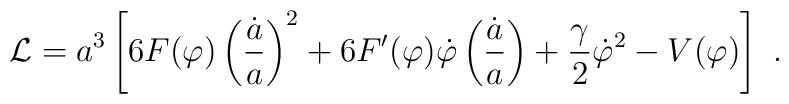
{\cal L} = a^3 \left [6 F(\varphi) \left ( \frac{\dot{a}}{a} \right )^2+ 6 F'(\varphi) \dot{\varphi} \left ( \frac{\dot{a}}{a} \right )+ \frac{\gamma}{2} \dot{\varphi}^2 - V(\varphi) \right ] \ .